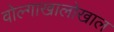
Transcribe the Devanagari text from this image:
वोल्गाखालोखाल